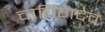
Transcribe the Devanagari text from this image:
चाचिगदेव